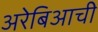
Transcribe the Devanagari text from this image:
अरेबिआची